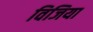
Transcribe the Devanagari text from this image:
विजिया